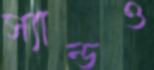
স্যান্ডও